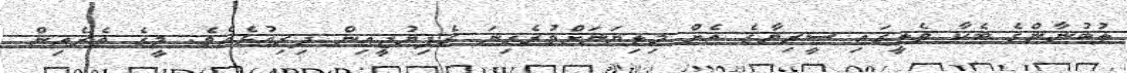
ލުބުނާންގެ ބެކާ ވެލީގައި ސީރިޔާގެ އެށް މިލިޔަނަށްވުރެގިނަ ރެފިޔުޖީއިން ދިރިއުޅެއެވެ. މީގެ ތެރެއިން